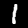
Label: 1